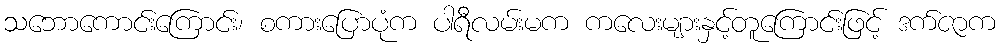
သဘောကောင်းကြောင်း၊ စကားပြောပုံက ပါရီလမ်းမက ကလေးများနှင့်တူကြောင်းဖြင့် ဒက်ဇာက